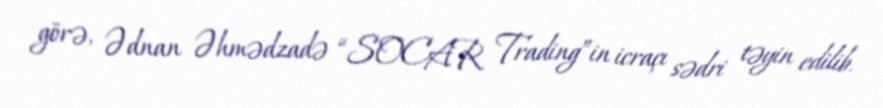
görə, Ədnan Əhmədzadə “SOCAR Trading”in icraçı sədri təyin edilib.